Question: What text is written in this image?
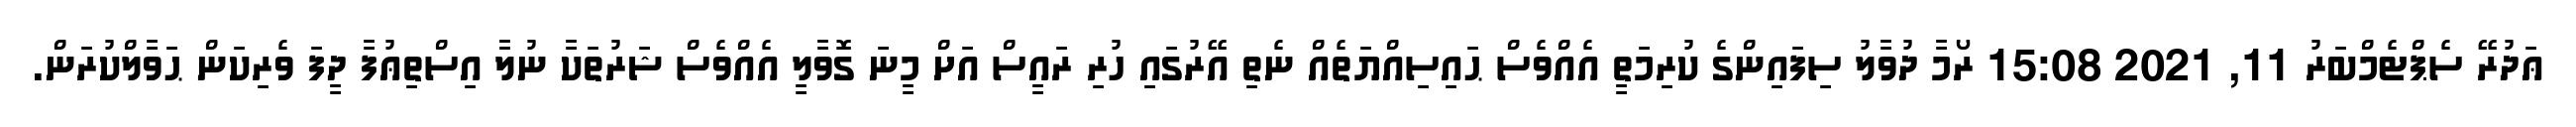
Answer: ޢަދުރޭ ސެޕްޓެމްބަރު 11, 2021 15:08 ރޯމާ ދުވާލު ސިފައިންގެ ކުރިމަތީ އެއްވެސް ޙައިސިއްޔަތެއް ނެތި އޭރުގައި ހުރި ރައީސް އަށް މީނަ ގޮވާލީ އެއްވެސް ޝަރުތަކާ ނުލާ އިސްތިޢުފާ ދީފަ ވެރިކަން ޙަވާލްކުރަން.